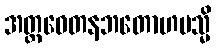
အတ္တဝေတနဘတောဟမသ္မိ